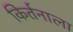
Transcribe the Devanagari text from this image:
किर्तनाला